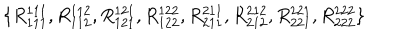
LaTeX: \{ R _ { 1 1 1 } ^ { 1 1 1 } , R _ { 1 1 2 } ^ { 1 1 2 } , R _ { 1 2 1 } ^ { 1 2 1 } , R _ { 1 2 2 } ^ { 1 2 2 } , R _ { 2 1 1 } ^ { 2 1 1 } , R _ { 2 1 2 } ^ { 2 1 2 } , R _ { 2 2 1 } ^ { 2 2 1 } , R _ { 2 2 2 } ^ { 2 2 2 } \}